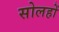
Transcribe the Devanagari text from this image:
सोलहों